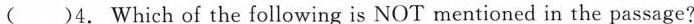
( )4. Which of the following is NOT mentioned in the passage?